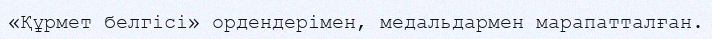
«Құрмет белгісі» ордендерімен, медальдармен марапатталған.